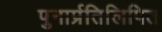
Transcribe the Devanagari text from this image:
पुनार्प्रतिलिपित